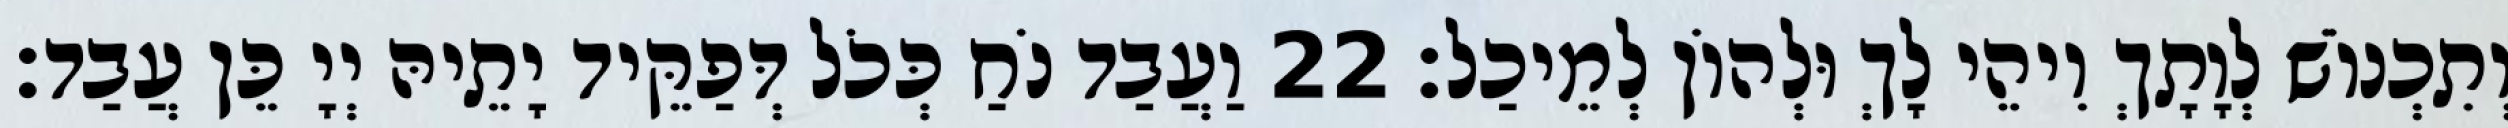
וְתִכְנוֹשׁ לְוָתָךְ וִיהֵי לָךְ וּלְהוֹן לְמֵיכַל׃ 22 וַעֲבַד נֹחַ כְּכֹל דְּפַקֵּיד יָתֵיהּ יְיָ כֵּן עֲבַד׃